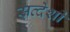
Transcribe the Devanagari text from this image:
सव्देशी